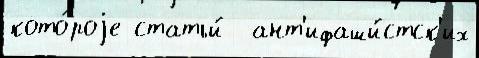
кото́роjе статьи́  ант'ифаши́стск'их